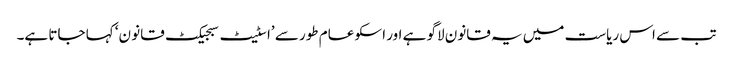
تب سے اس ریاست میں یہ قانون لاگو ہے اور اسکو عام طور سے ’اسٹیٹ سبجیکٹ قانو ن‘ کہا جاتا ہے۔